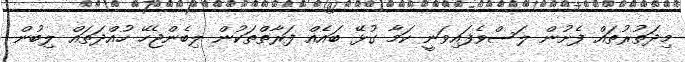
މިދަތުރުތައް ފެށުން ލަސްވެފައިވަނީ ކަމާ ގުޅޭ ބައެއް ފަރާތްތަކުން ލިބެންޖެހޭ ހުއްދަތައް ލިބުން